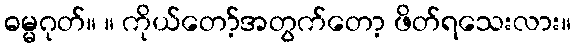
ဓမ္မဂုတ်။ ။ ကိုယ်တော့်အတွက်တော့ ဖိတ်ရသေးလား။